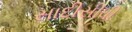
સાદીસીધી